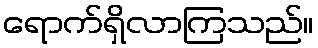
ရောက်ရှိလာကြသည်။